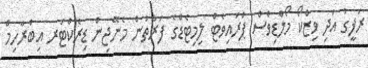
ރަފީގު އަދި ވިޒްކޯ މޯލްޑިވްސް ޕްރައިވެޓް ލިމިޓެޑްގެ ފަރާތުން މެނޭޖިން ޑިރެކްޓަރ އިބްރާހިމް